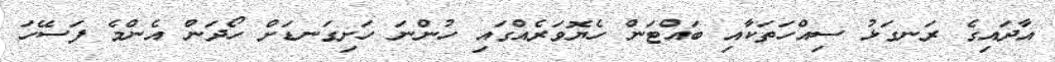
އާދައިގެ ރަނގަޅު ސިއްހަތަކާއި ބައްޓަން ހެޔޮވަރެއްގައި ހުންނަ ހަށިގަނޑަށް ހޯދަން އެންމެ ފަސޭހަ